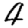
Digit: 4